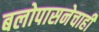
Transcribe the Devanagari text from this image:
बलोपासनेचाही